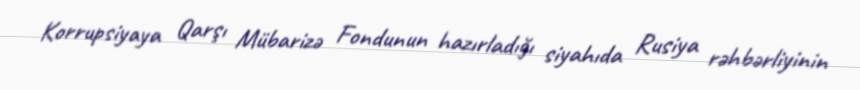
Korrupsiyaya Qarşı Mübarizə Fondunun hazırladığı siyahıda Rusiya rəhbərliyinin